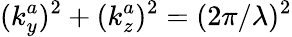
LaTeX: (k_{y}^{a})^{2}+(k_{z}^{a})^{2}=(2\pi/\lambda)^{2}